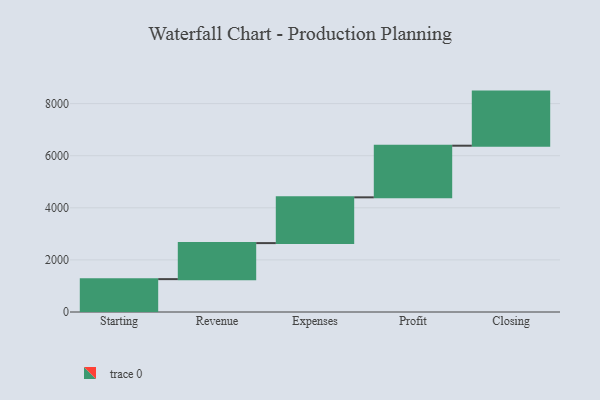
{"axis": {"x": "Step", "y": "Value"}, "legend": [""], "data": [{"x": "Starting", "y": 1262.0, "type": ""}, {"x": "Revenue", "y": 1383.0, "type": ""}, {"x": "Expenses", "y": 1757.0, "type": ""}, {"x": "Profit", "y": 1982.0, "type": ""}, {"x": "Closing", "y": 2077.0, "type": ""}]}